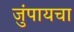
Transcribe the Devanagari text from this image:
जुंपायचा